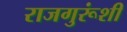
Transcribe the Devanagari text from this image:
राजगुरूंशी